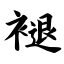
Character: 褪